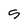
Character: 5